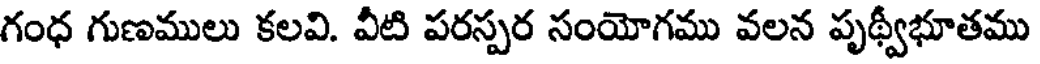
గంధ గుణములు కలవి. వీటి పరస్పర సంయోగము వలన పృథ్వీభూతము